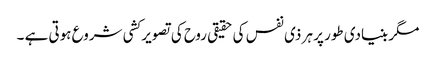
مگر بنیادی طور پر ہر ذی نفس کی حقیقی روح کی تصویر کشی شروع ہوتی ہے ۔